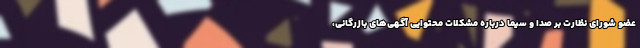
عضو شورای نظارت بر صدا و سیما درباره مشکلات محتوایی آگهی‌های بازرگانی،